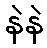
နဲနဲ